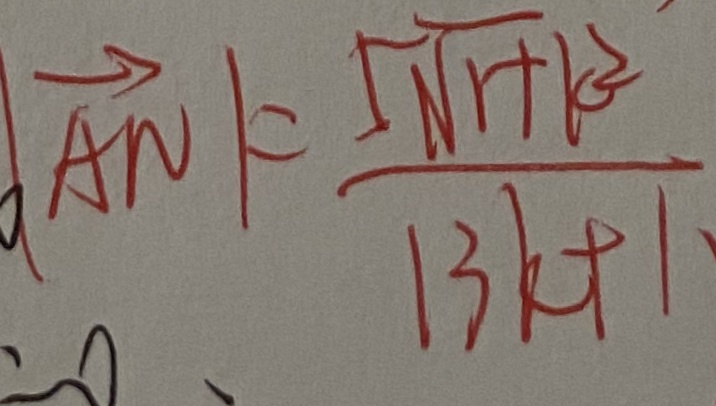
\vert \overrightarrow { A N } \vert = \frac { 5 \sqrt { 1 + k ^ { 2 } } } { 1 3 k + 1 }